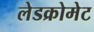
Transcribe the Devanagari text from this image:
लेडक्रोमेट